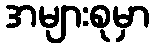
အများစုမှာ